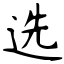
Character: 选